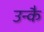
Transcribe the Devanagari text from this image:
उन्कै